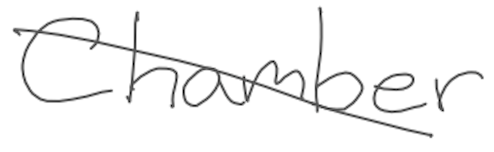
Text: Chamber
Cross-out: diagonal
Writing tool: digital_gray